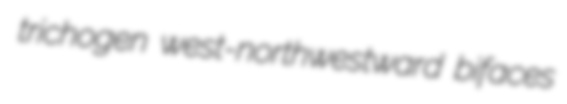
trichogen west-northwestward bifaces